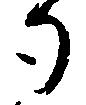
勺